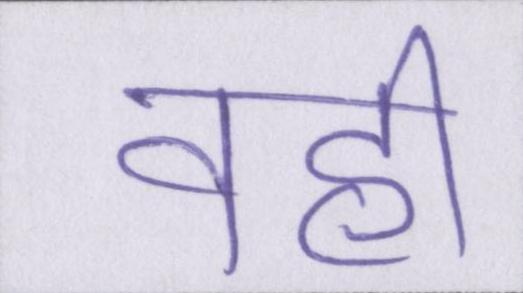
वहीँ